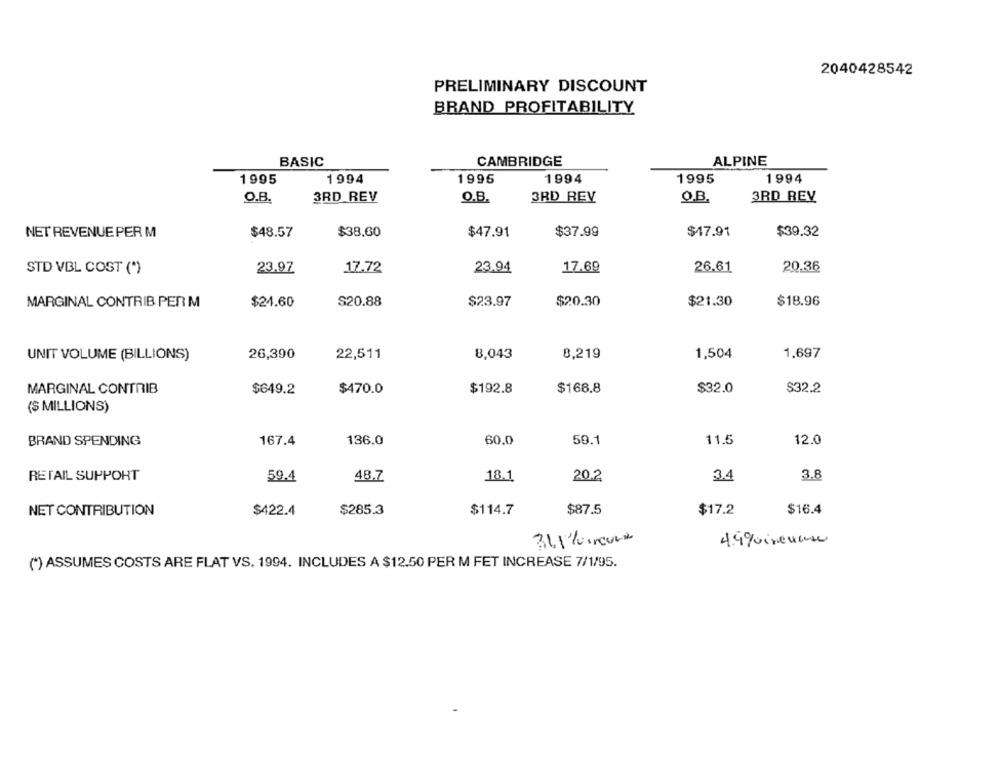
2040428542
PRELIMINARY DISCOUNT
BRAND PROFITABILITY
BASIC
CAMBRIDGE
ALPINE
1995
1994
1995
1994
1995
1994
O.B.
3RD REV
3RD REV
Q.B.
3RD REV
Q.B.
NET REVENUE PER M
$48.57
$38.60
$47.91
$37.99
$17.91
$39.32
26.61
20,36
STD VBL COST (*)
23.97
17.72
23.94
17.69
MARGINAL CONTRIB PER M
$24.60
$20.88
$23.97
$20.30
$21.30
$18.96
UNIT VOLUME (BILLIONS)
26,390
22,511
8,043
8,219
1,504
1.697
MARGINAL CONTRIB
$649.2
$470.0
$192.8
$166.8
$32.0
$32.2
($ MILLIONS)
BRAND SPENDING
167.4
136.0
60.0
59.1
11.5
12.0
RETAIL SUPPORT
59.4
48.7
18.1
20.2
3.4
3.8
$114.7
$17.2
$16.4
NET CONTRIBUTION
$422.4
$285.3
$87.5
4.9quincause
(*) ASSUMES COSTS ARE FLAT VS. 1994. INCLUDES A $12.50 PER M FET INCREASE 7/1/95.